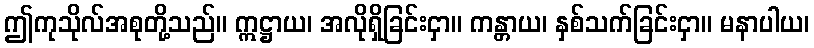
ဤကုသိုလ်အစုတို့သည်။ ဣဋ္ဌာယ၊ အလိုရှိခြင်းငှာ။ ကန္တာယ၊ နှစ်သက်ခြင်းငှာ။ မနာပါယ၊